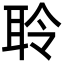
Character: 聆